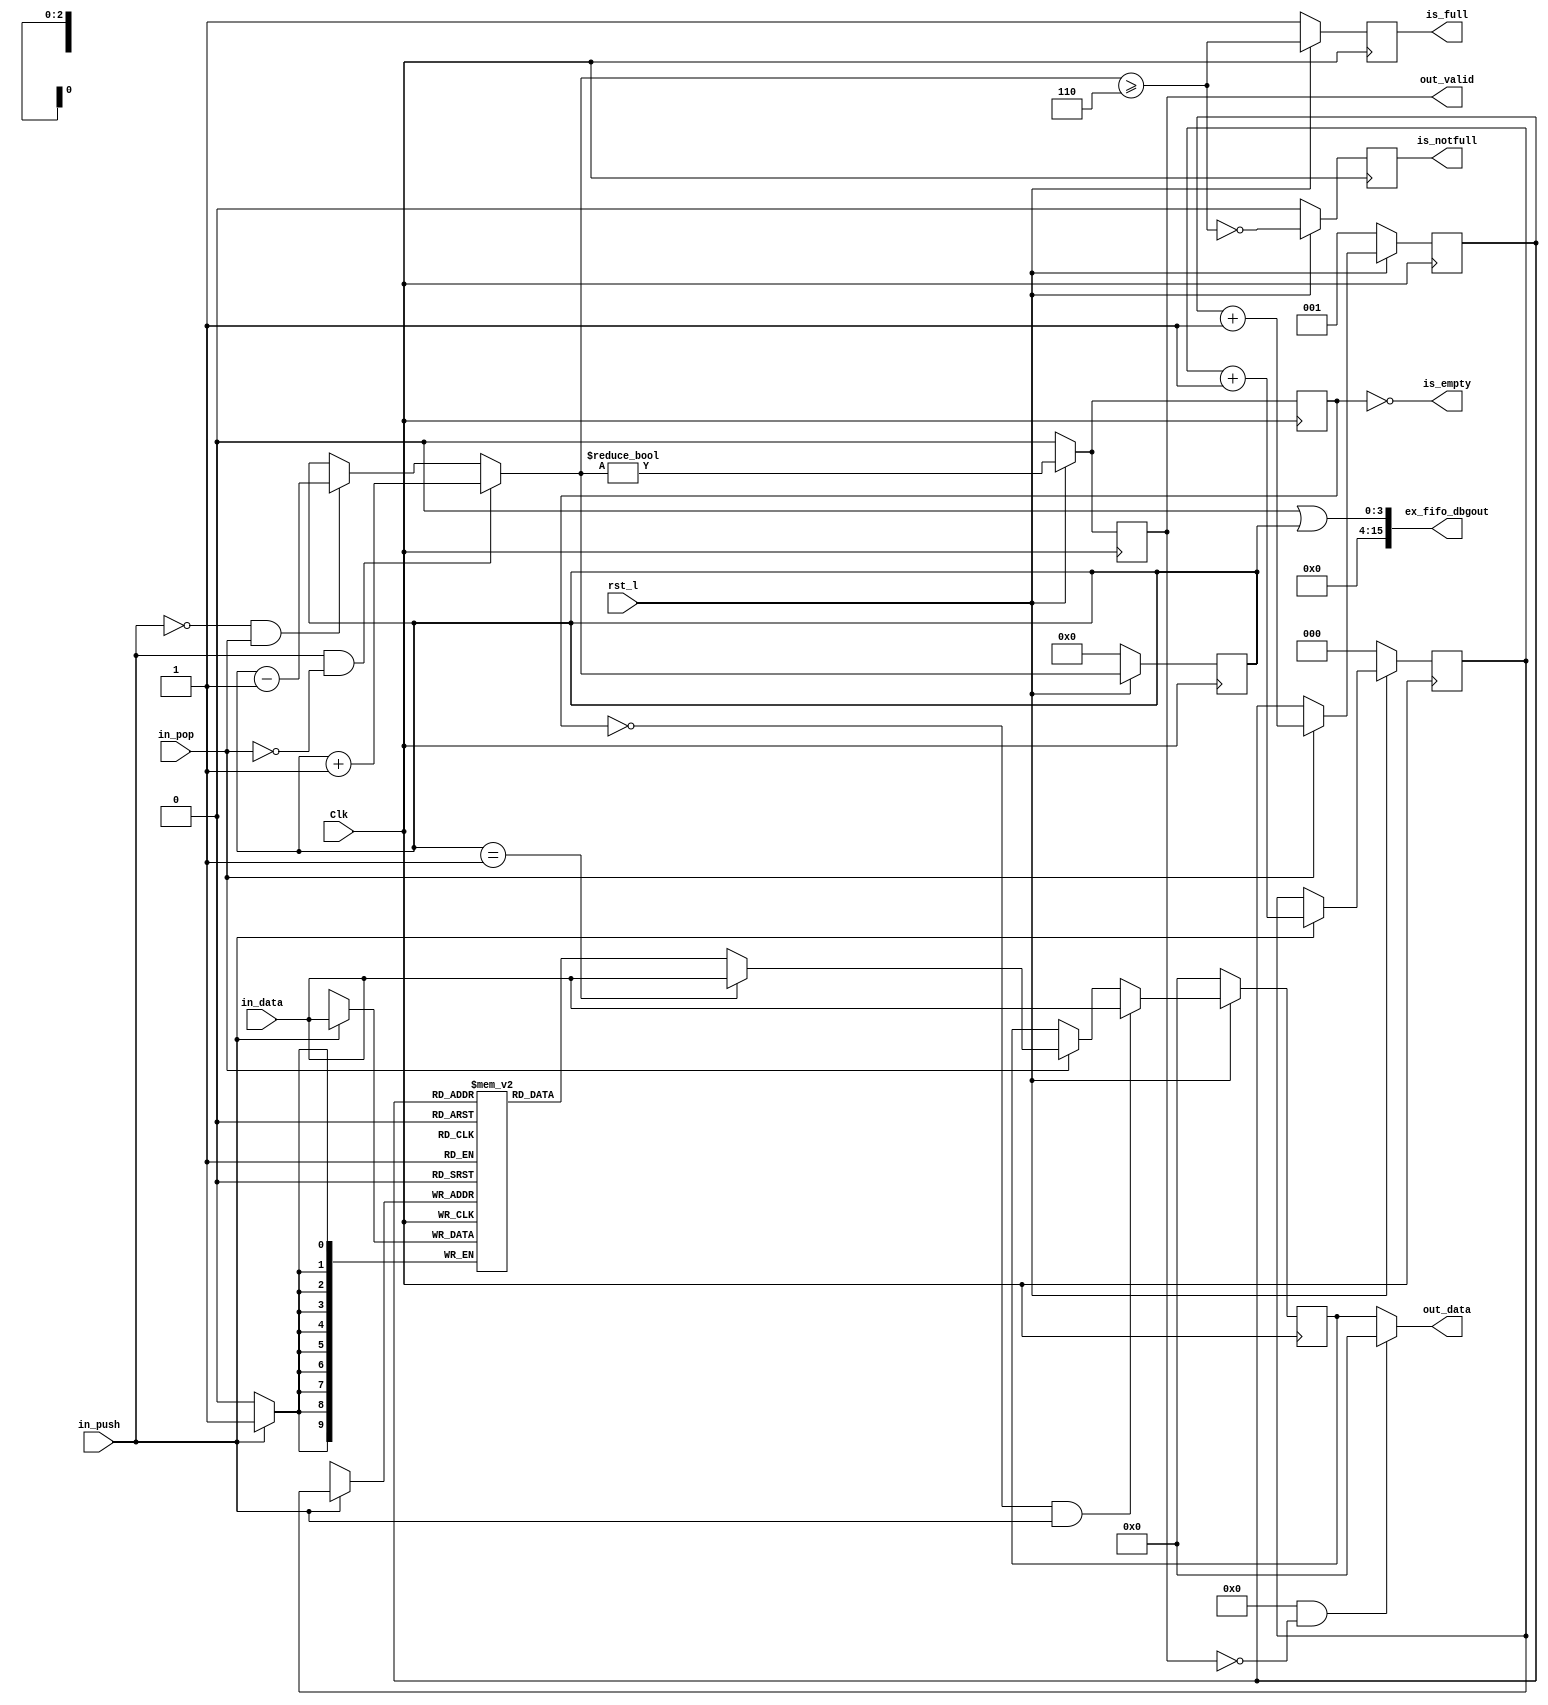
module axi_traffic_gen_v2_0_ex_fifo
        #(
  parameter WIDTH        = 10,
  parameter DEPTH        = 8 ,
  parameter DEPTHBITS    = 3 ,
  parameter HEADREG      = 1 ,
  parameter ZERO_INVALID = 0 ,
  parameter FULL_LEVEL   = 6 ,
  parameter BLOCK_ACTIVE = 0 //Ability to block notfull and valid 
        ) (
  input              Clk              ,
  input              rst_l            ,
  input [WIDTH-1:0]  in_data          ,
  input              in_push          ,
  input              in_pop           ,
  //input              in_block_notfull ,
  //input              in_block_outvalid,
  output [WIDTH-1:0] out_data         ,
  output             is_full          ,
  output             is_notfull       ,
  output             is_empty         ,
  output             out_valid        ,
  
  output [15:0] ex_fifo_dbgout

);

reg [WIDTH-1:0    ] data_ff[DEPTH-1:0];
reg [DEPTHBITS-1:0] out_ptr_ff;
reg [DEPTHBITS-1:0] in_ptr_ff;
reg [DEPTHBITS:0  ] depth_ff;
reg [WIDTH-1:0    ] headreg_ff;
reg full_ff, notfull_ff, valid_ff, valid_filt_ff;

wire [DEPTHBITS-1:0] in_ptr = (in_push) ? in_ptr_ff[DEPTHBITS-1:0] + 'h1 :
                                                in_ptr_ff[DEPTHBITS-1:0];
wire [DEPTHBITS:0] depth =
                (in_push && ~in_pop) ? depth_ff[DEPTHBITS:0] + 'h1 :
                (~in_push && in_pop) ? depth_ff[DEPTHBITS:0] - 'h1 :
                                                        depth_ff[DEPTHBITS:0];
wire        depth_was1 = (depth_ff[DEPTHBITS:0] == 'h1);
wire        valid = (depth[DEPTHBITS:0] != 'h0);
wire        full ;
generate if(BLOCK_ACTIVE == 1 ) begin : BLOCK_ACTIVE_FULL_YES
// assign full = (depth[DEPTHBITS:0] >= FULL_LEVEL) || in_block_notfull;
end
endgenerate
generate if(BLOCK_ACTIVE == 0 ) begin : BLOCK_ACTIVE_FULL_NO
 assign full = (depth[DEPTHBITS:0] >= FULL_LEVEL) ;
end
endgenerate

wire        notfull = ~full;
wire [WIDTH-1:0] raw_data = data_ff[out_ptr_ff[DEPTHBITS-1:0]];

wire [DEPTHBITS-1:0] out_ptr = (in_pop) ? out_ptr_ff[DEPTHBITS-1:0] + 'h1 :
                                                out_ptr_ff[DEPTHBITS-1:0];

wire [WIDTH-1:0] head_raw_data = (depth_was1) ? in_data[WIDTH-1:0] :
                                                        raw_data[WIDTH-1:0];
wire [WIDTH-1:0] headreg = (!valid_ff && in_push) ? in_data[WIDTH-1:0] :
                (in_pop) ? head_raw_data[WIDTH-1:0] : headreg_ff[WIDTH-1:0];

wire        valid_filt ;
generate if(BLOCK_ACTIVE == 1 ) begin : BLOCK_ACTIVE_VALID_YES
// assign valid_filt = valid &&
//                        ((valid_filt_ff && ~in_pop) || ~in_block_outvalid);
end
endgenerate
generate if(BLOCK_ACTIVE == 0 ) begin : BLOCK_ACTIVE_VALID_NO
 assign valid_filt = valid ;
                        // Deassert output valid sometimes, without changing
                        //  internal valid logic.  Do not deassert valid once
                        //  its been asserted, until other agent drives ready
end
endgenerate

always @(posedge Clk) begin
        in_ptr_ff[DEPTHBITS-1:0]  <= (rst_l) ? in_ptr[DEPTHBITS-1:0] : {DEPTHBITS{1'b0}};
        out_ptr_ff[DEPTHBITS-1:0] <= (rst_l) ? out_ptr[DEPTHBITS-1:0] :
                                                ((HEADREG) ? {{(DEPTHBITS-1){1'b0}},{1'b1}} : {DEPTHBITS{1'b0}});
        depth_ff[DEPTHBITS:0]     <= (rst_l) ? depth[DEPTHBITS:0] : {DEPTHBITS{1'b0}};
        valid_ff                  <= (rst_l) ? valid : 1'b0;
        valid_filt_ff             <= (rst_l) ? valid_filt : 1'b0;
        full_ff                   <= (rst_l) ? full : 1'b1;
        notfull_ff                <= (rst_l) ? notfull : 1'b0;
        headreg_ff[WIDTH-1:0]     <= (rst_l) ? headreg[WIDTH-1:0] : {WIDTH{1'b0}};
end

integer i;
always @(posedge Clk) begin
        if(in_push) begin
                data_ff[in_ptr_ff[DEPTHBITS-1:0]] <= in_data[WIDTH-1:0];
        end

`ifdef FOO_BAR
        for(i = 0; i < DEPTH; i = i + 1) begin
                if(~rst_l && (HEADREG == 0)) begin
                        data_ff[i] <= {WIDTH{1'b0}};
                end else if((i == in_ptr_ff[DEPTHBITS-1:0]) && in_push) begin
                        data_ff[i] <= in_data[WIDTH-1:0];
                end
        end
`endif
end


assign out_data[WIDTH-1:0] = (ZERO_INVALID && ~valid_filt_ff) ? { WIDTH {1'b0}}:
                                (HEADREG) ? headreg_ff[WIDTH-1:0] :
                                                        raw_data[WIDTH-1:0];
assign out_valid  = valid_filt_ff;
assign is_full    = full_ff      ;
assign is_notfull = notfull_ff   ;
assign is_empty   = ~valid_ff    ;


assign ex_fifo_dbgout = 16'b0 | depth_ff;


endmodule